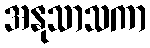
အနုသာသကာ